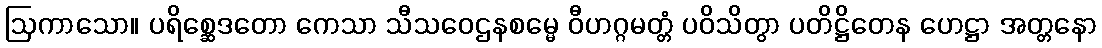
ဩကာသော။ ပရိစ္ဆေဒတော ကေသာ သီသဝေဌနစမ္မေ ဝီဟဂ္ဂမတ္တံ ပဝိသိတွာ ပတိဋ္ဌိတေန ဟေဋ္ဌာ အတ္တနော